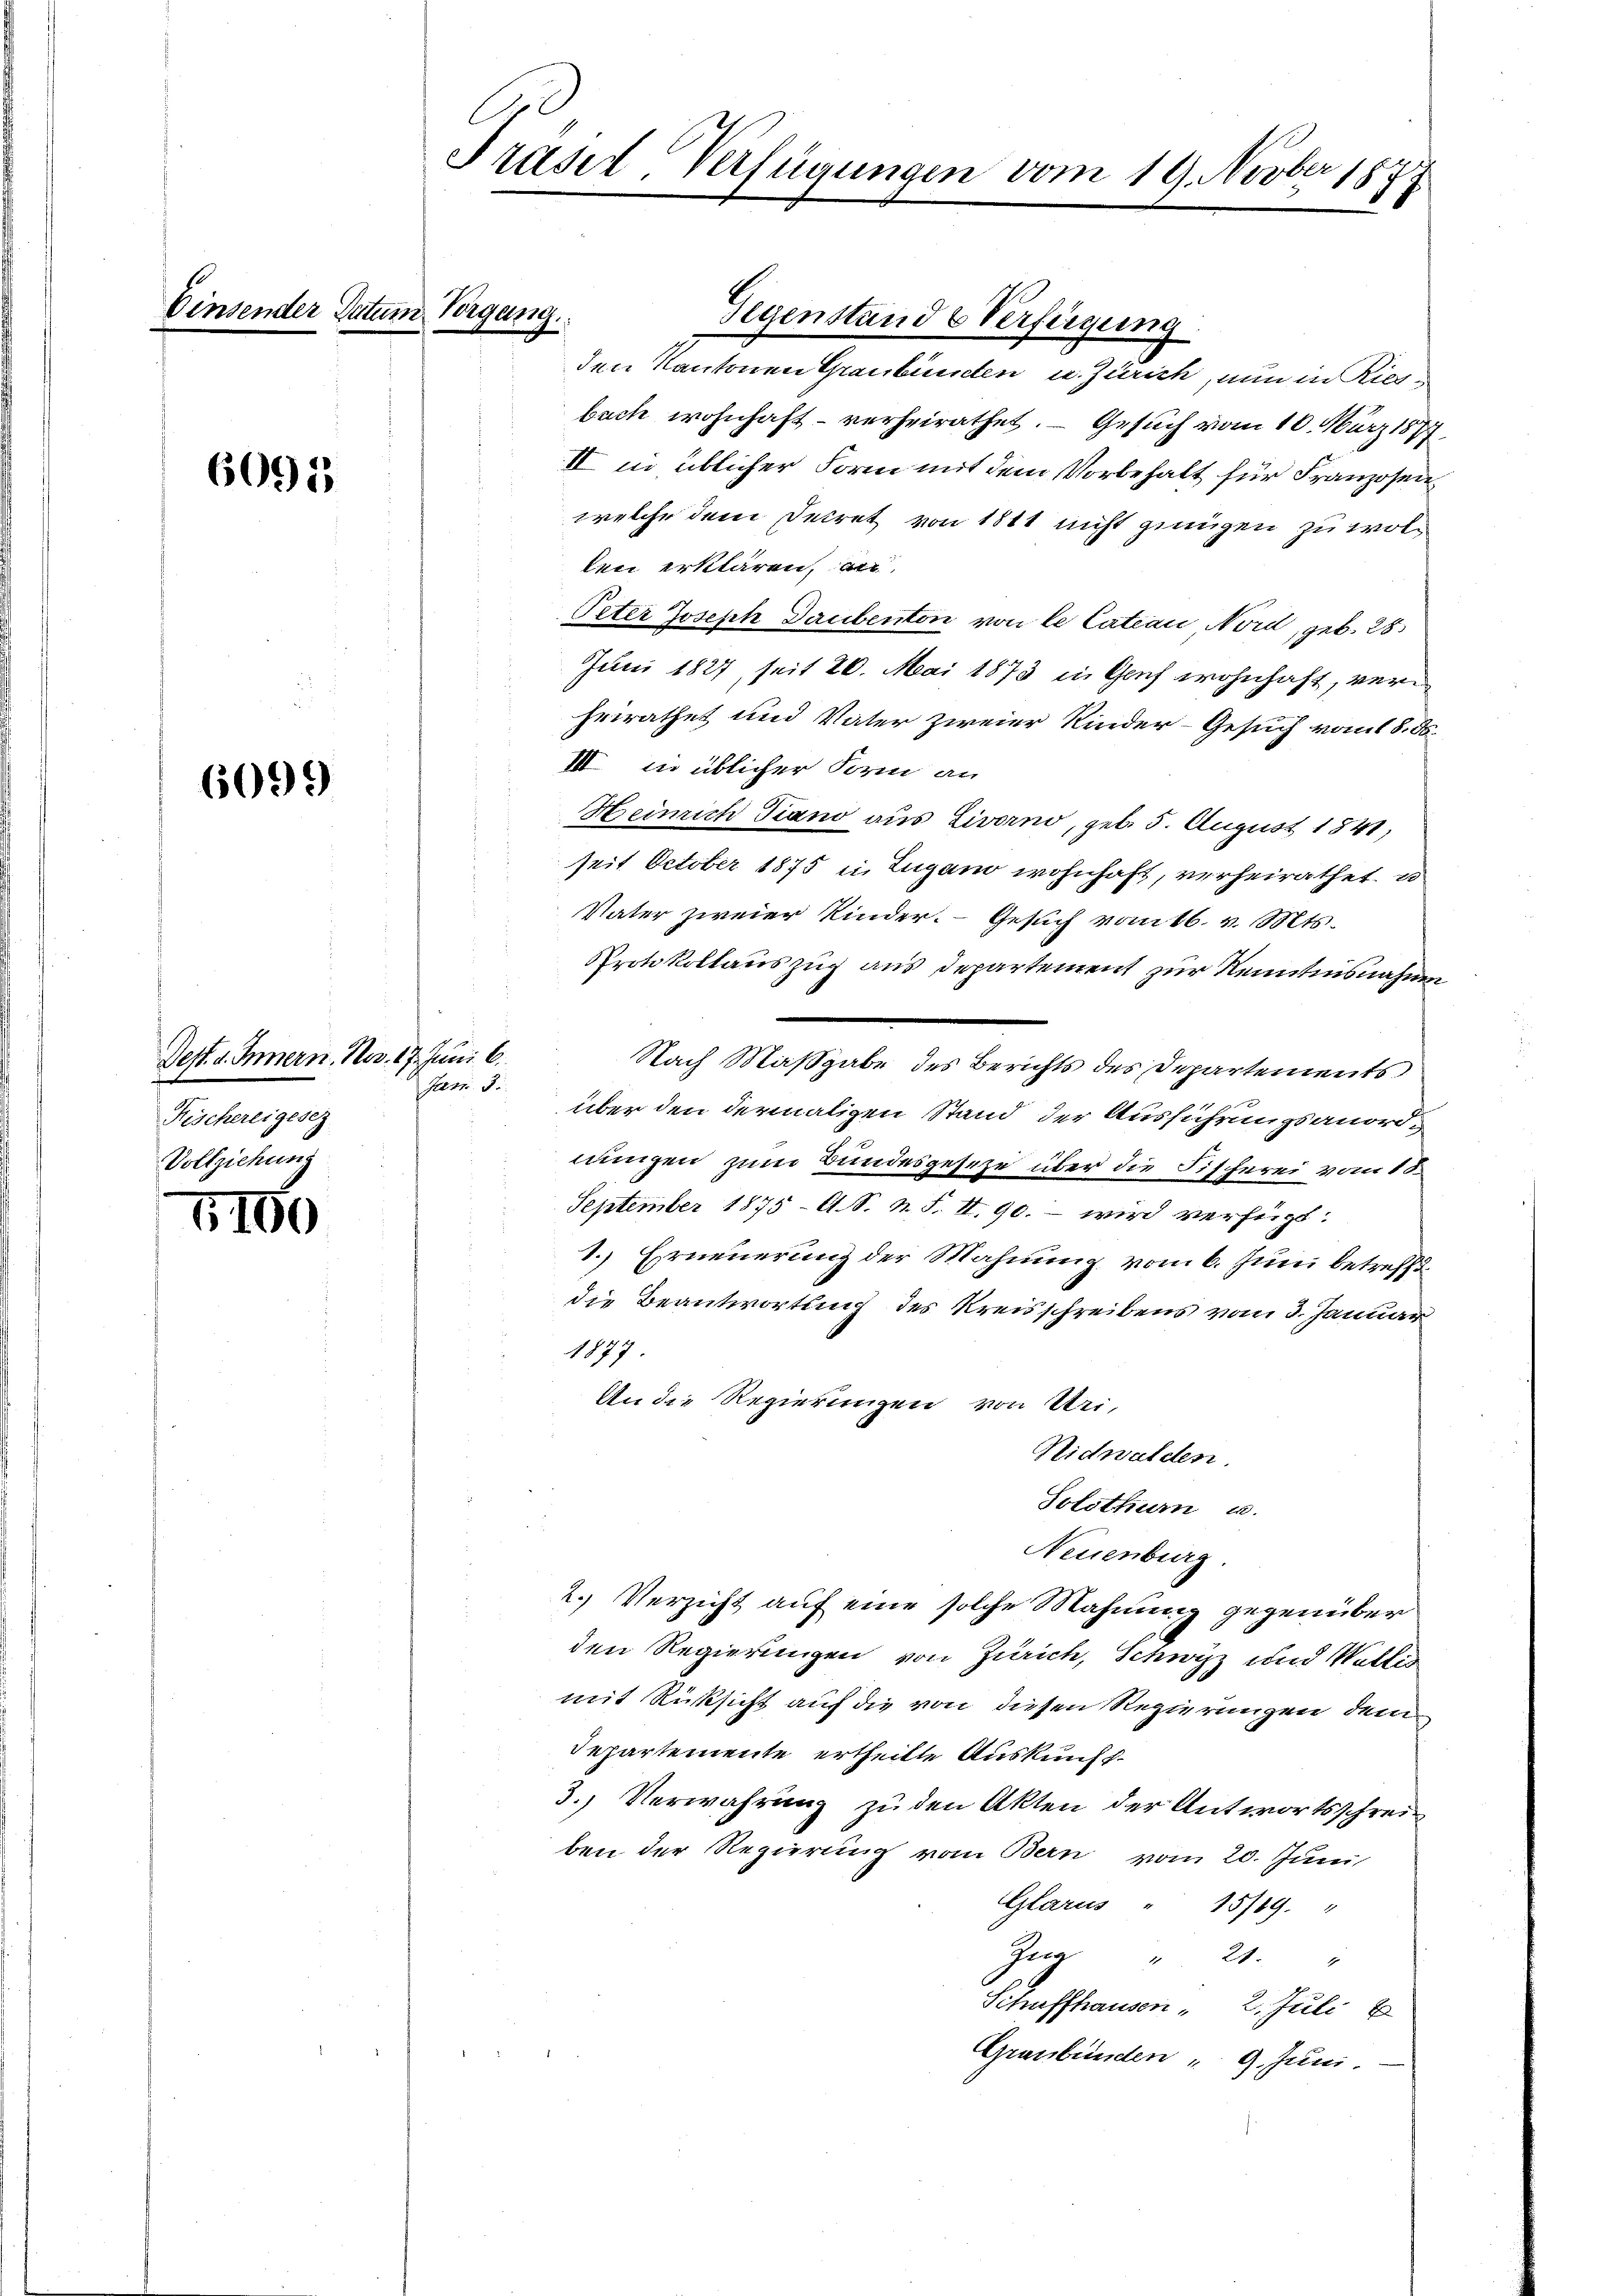
6095

6099)

Dest. d. Innern. Nov. 17. Juni 6.
Fischereigesez
Vollziehung

7100

Einsender Datum Vergang

Traser-Verfügungen vom 19. Novber 1877

Gegenstande Verfügung

Jatr. 3.

den Kantonen Graubünden u. Zürich, nun in Riesbach wohnhaft verheirathet. — Gesuch vom 10. März 1877
II in üblicher Form mit dem Vorbehalt für Franzosenwelche dem Secret von 1811 nicht genügen zu wollen erklären, an
Peter Joseph Taubenton von le Catian Nord, geb. 28
Juni 1827, seit 20. Mai 1873 in Genf wohnhaft, verheirathet und Vater zweier Kinder-Gesuch vom 18. ds.
III in üblicher Form an
Heinrich Piano aus Livorno, geb. 5. August 1841,
seit October 1875 u. Zugano wohnhaft, verheirathet, u
Vater zweier Kinder. Gesuch vom 16. v. Mts.
Protokollauszug aus Departement zur Kenntnisnahmen
Nach Maßgabe des Berichts des Departements
über den dermaligen Stand der Ausführungsanordnungen zum Bundesgeseze über die Fischerei vom 18.
September 1875 - A. S. n. F. II. 90. – wird verfügt:
1.) Erneuerung der Mahnung vom 6. Juni betreffd.
die Beantwortung des Kreisschreibens vom 3. Januar
1877
An die Regierungen von Uri,
Nidwalden
Solothurn u.
Neuenburg
2.) Verzicht auf eine solche Mahnung gegenüber
den Regierungen von Zürich, Schwyz und Wallis
mit Rücksicht auf die von diesen Regierungen dem
Departemente ertheilte Auskunft¬
3.) Verwahrung zu den Akten der Antwortsschreiben der Regierung vom Bern vom 20. Juni
Glarus " 15/19. "
Zŭg " 21. "
Schaffhausen, 2. Juli
Graubünden 9. Juni.